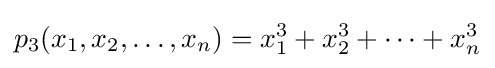
p_{3}(x_{1},x_{2},\dots ,x_{n})=x_{1}^{3}+x_{2}^{3}+\cdots +x_{n}^{3}